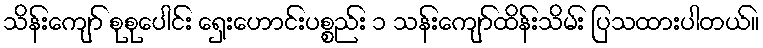
သိန်းကျော် စုစုပေါင်း ရှေးဟောင်းပစ္စည်း ၁ သန်းကျော်ထိန်းသိမ်း ပြသထားပါတယ်။